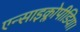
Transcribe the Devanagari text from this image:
एन्साइक्लोपीडिया।